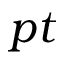
p t